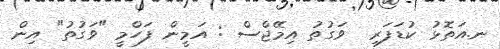
ނ.އަތޮޅު ކުޑަފަރި  ވަގުތު އިމޭޖްސް : އަމީން ފަހްމީ "ވަގުތު" އިން